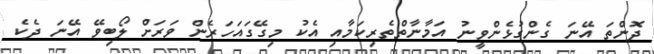
ދޮންތަ އޭނަ ގެންގުޅެންވީނު އަމާނާތްތެރިކަމާއި އެކު މިގޭގައަހަރެން ވަރަށް ލޯބިވޭ އޭނަ ދެކެ